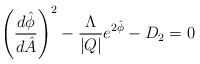
\begin{align*}\left( \frac{d\hat{\phi}}{d\hat{A}} \right)^2 -\frac{\Lambda}{|Q|}e^{2\hat{\phi}}-D_2 =0\end{align*}